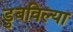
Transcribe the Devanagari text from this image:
डुबविल्या